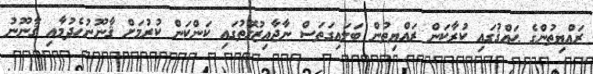
ރައްޔިތުންގެ ޙައްޤުގައި ކުރާކަން ރައްޔިތުން ބަލައިގަތަސް ނާޖާއިޒުގޮތުގައި ކަންކަން ކުރުމަށް ޤާނޫނުހެދުމާއި ޤާނޫނު